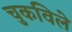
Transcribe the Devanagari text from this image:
चुकविले